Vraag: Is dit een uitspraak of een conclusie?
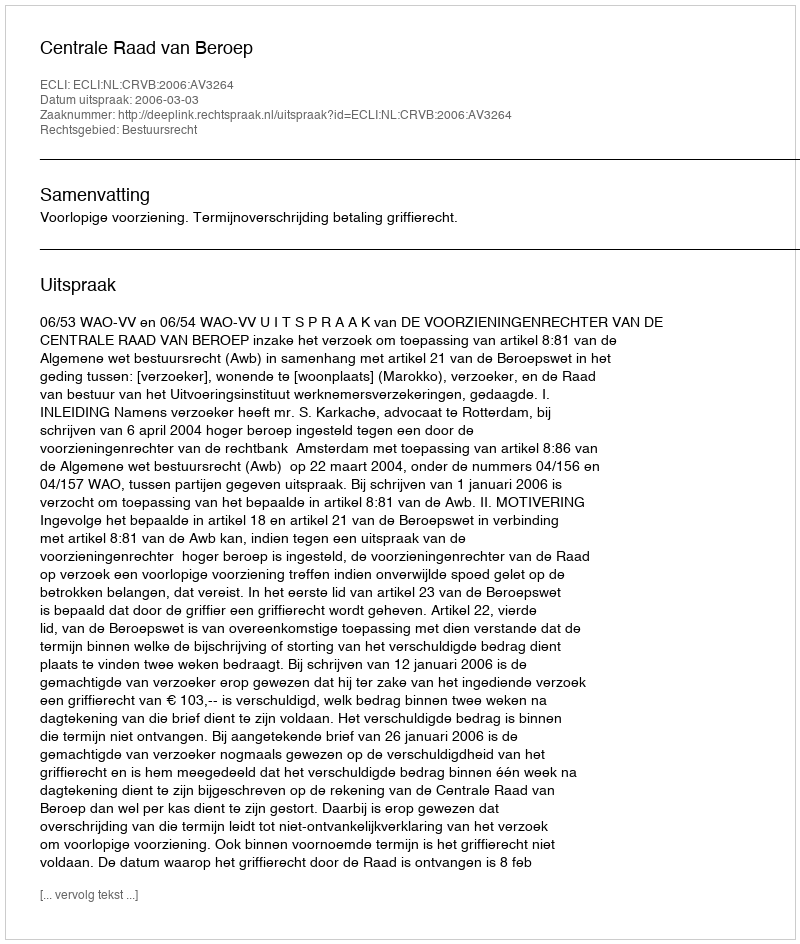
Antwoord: Uitspraak